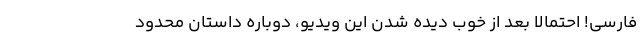
فارسی! احتمالا بعد از خوب دیده شدن این ویدیو، دوباره داستان محدود